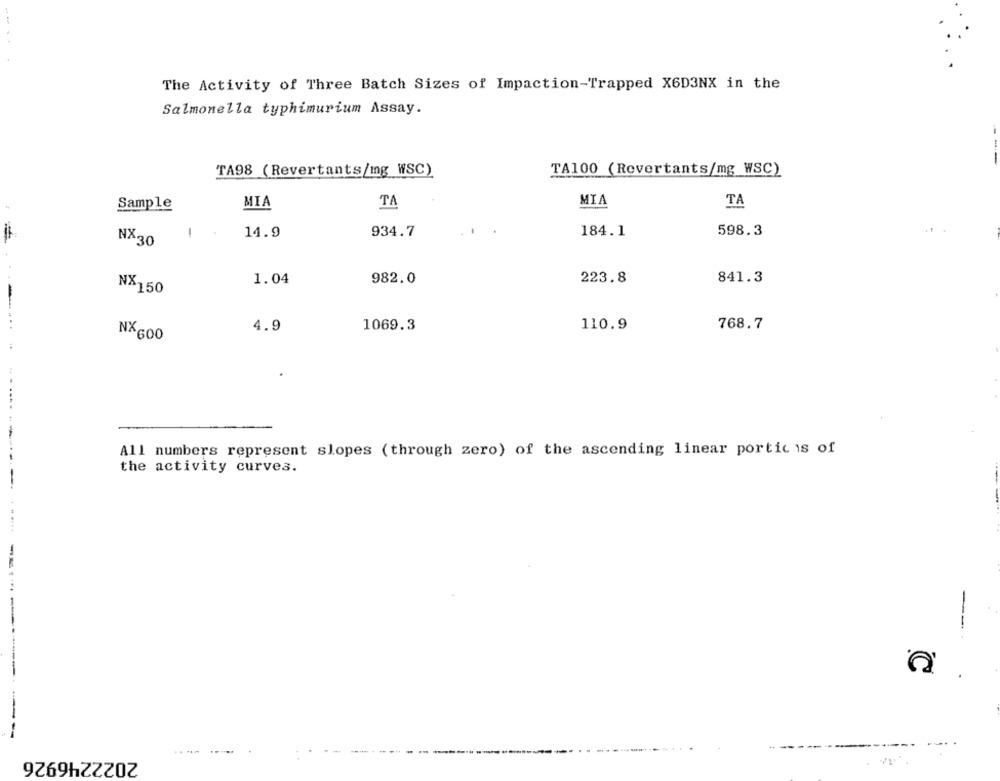
The Activity of Three Batch Sizes of Impaction-Trapped X6D3NX in the
Salmonella typhimurium Assay.
TA98 (Revertants/mg WSC)
TA100 (Revertants/mg WSC)
MIA
TA
MIA
TA
Sample
!
14.9
934.7
184.1
598.3
NX30
1.04
982.0
223.8
841.3
N%150
4.9
1069.3
110.9
768.7
N×600
...
All numbers represent slopes (through zero) of the ascending linear portic is of
the activity curves.
--
-
----------
-----
----
2022246926